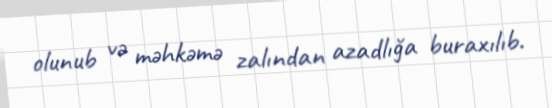
olunub və məhkəmə zalından azadlığa buraxılıb.